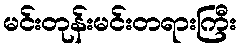
မင်းတုန်းမင်းတရားကြီး